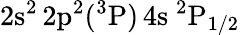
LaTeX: \mathrm{2s^{2}\, 2p^{2}(^{3}P)\, 4s~^{2}P_{1/2}}